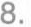
8.